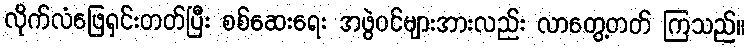
လိုက်လံဖြေရှင်းတတ်ပြီး စစ်ဆေးရေး အဖွဲဝင်များအားလည်း လာတွေ့တတ် ကြသည်။